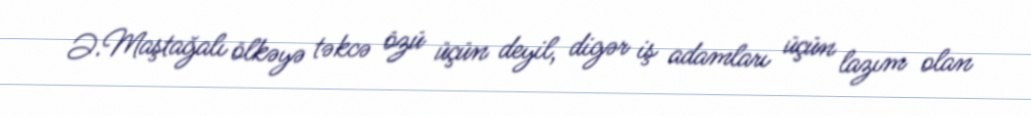
Ə.Maştağalı ölkəyə təkcə özü üçün deyil, digər iş adamları üçün lazım olan